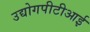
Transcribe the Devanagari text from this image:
उद्योगपीटीआई